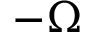
- \Omega